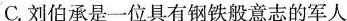
C.刘伯承是一位具有钢铁般意志的军人